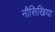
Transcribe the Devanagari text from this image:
नौसिखिया